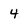
Character: 4